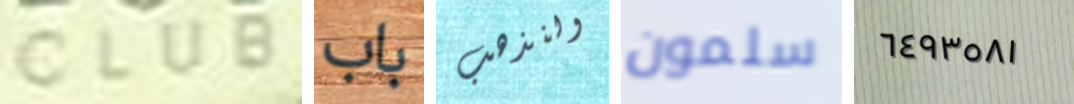
CLUB باب ولنذهب سلمون ٦٤٩٣٥٨١